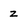
Character: z